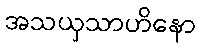
အသယှသာဟိနော